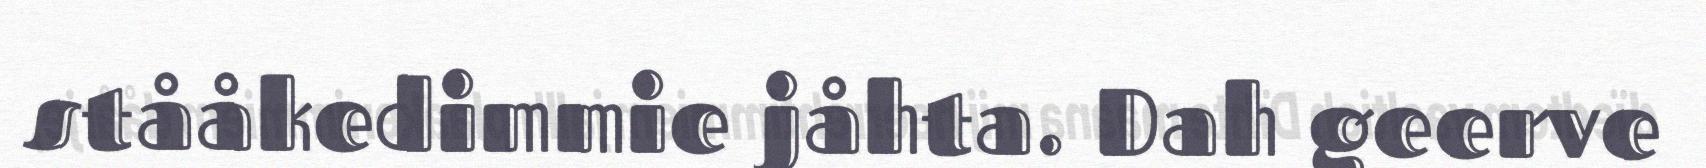
stååkedimmie jåhta. Dah geerve